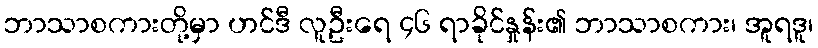
ဘာသာစကားတို့မှာ ဟင်ဒီ လူဦးရေ ၄၆ ရာခိုင်နှုန်း၏ ဘာသာစကား၊ အူရဒူ၊